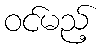
ဝင်မည့်